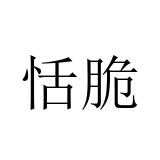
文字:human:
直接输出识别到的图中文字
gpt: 恬脆